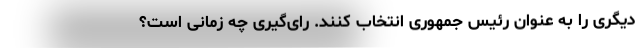
دیگری را به عنوان رئیس جمهوری انتخاب کنند. رای‌گیری چه زمانی است؟